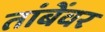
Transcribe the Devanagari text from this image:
तांबेंवर